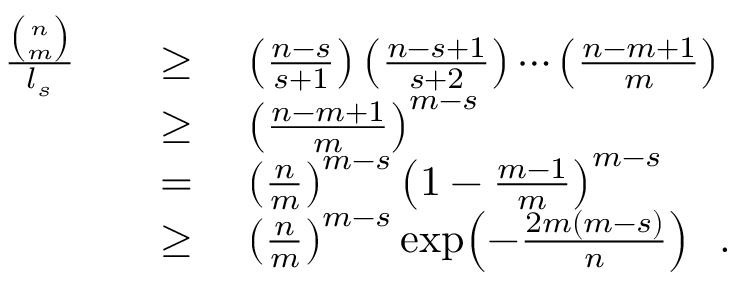
\begin{array} { r l } { \frac { \binom { n } { m } } { l _ { s } } \quad } & { \geq \quad \left( \frac { n - s } { s + 1 } \right) \left( \frac { n - s + 1 } { s + 2 } \right) \dotsb \left( \frac { n - m + 1 } { m } \right) } \\ & { \geq \quad \left( \frac { n - m + 1 } { m } \right) ^ { m - s } } \\ & { = \quad \left( \frac { n } { m } \right) ^ { m - s } \left( 1 - \frac { m - 1 } { m } \right) ^ { m - s } } \\ & { \geq \quad \left( \frac { n } { m } \right) ^ { m - s } \exp \! \left( - \frac { 2 m ( m - s ) } { n } \right) \enspace . } \end{array}